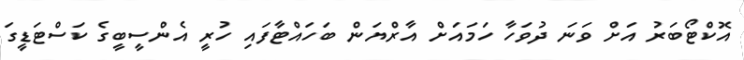
އޮކްޓޯބަރު އަށް ވަނަ ދުވަހާ ހަމައަށް އާރްޔަން ބަހައްޓާފައި ހުރީ އެންސީބީގެ ކަސްޓަޑީގަ